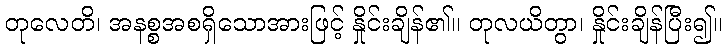
တုလေတိ၊ အနစ္စအစရှိသောအားဖြင့် နှိုင်းချိန်၏။ တုလယိတွာ၊ နှိုင်းချိန်ပြီး၍။